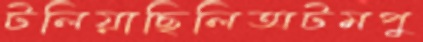
টলিয়াছিলিঅটমপু